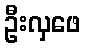
ဦးလှဖေ